Indian journal of veterinary science and animal husbandry - Volumes 15-17, 1948-1951
Year: 1948
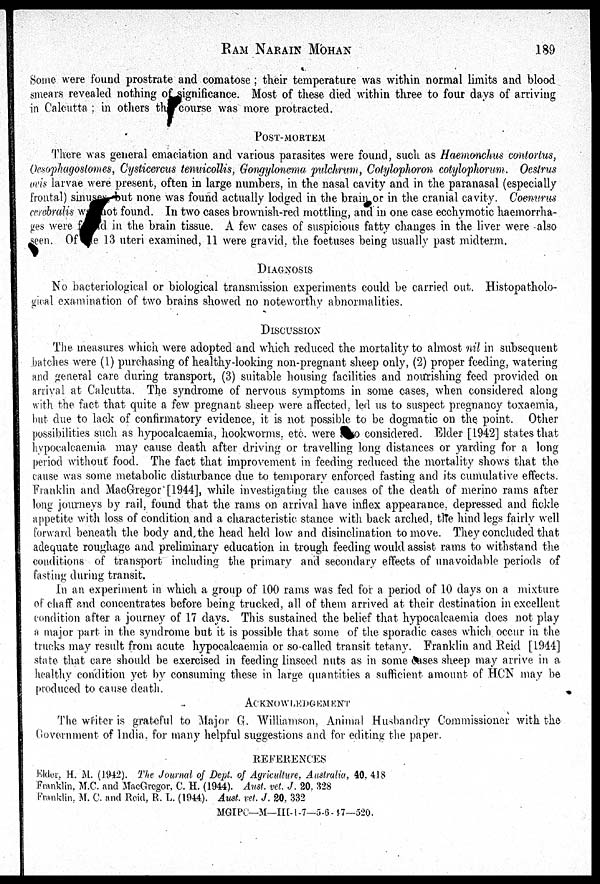
RAM
NARAIN
MOHAN
189
Some were found prostrate and comatose; their temperature was within normal limits and blood
smears revealed nothing of significance. Most of these died within three to four days of arriving
in Calcutta ; in others the course was more protracted.
POST-MORTEM
There was general emaciation and various parasites were found, such as Haemonchus contortus,
Oesophagostomes, Cysticercus tenuicollis, Gongylonema pulchrum, Cotylophoron cotylophorum.
Oestrus
ocis larvae were present, often in large numbers, in the nasal cavity and in the paranasal (especially
frontal) sinuses but none was found actually lodged in the brain or in the cranial cavity. Coenurus
cerebralis was not found. In two cases brownish-red mottling, and in one case ecchymotic haemorrha-
ges were found in the brain tissue. A few cases of suspicious fatty changes in the liver were also
seen. Of the 13 uteri examined, 11 were gravid, the foetuses being usually past midterm.
DIAGNOSIS
No bacteriological or biological transmission experiments could be carried out. Histopatholo-
gical examination of two brains showed no noteworthy abnormalities.
DISCUSSION
The measures which were adopted and which reduced the mortality to almost nil in subsequent
batches were (1) purchasing of healthy-looking non-pregnant sheep only, (2) proper feeding, watering
and general care during transport, (3) suitable housing facilities and nourishing feed provided on
arrival at Calcutta. The syndrome of nervous symptoms in some cases, when considered along
with the fact that quite a few pregnant sheep were affected, led us to suspect pregnancy toxaemia,
but due to lack of confirmatory evidence, it is not possible to be dogmatic on the point. Other
possibilities such as hypocalcaemia, hookworms, etc. were
o considered. Elder [1942] states that
hypocalcaemia may cause death after driving or travelling long distances or yarding for a long
period without food. The fact that improvement in feeding reduced the mortality shows that the
cause was some metabolic disturbance due to temporary enforced fasting and its cumulative effects.
Franklin and MacGregor [1944], while investigating the causes of the death of merino rams after
long journeys by rail, found that the rams on arrival have inflex appearance, depressed and fickle
appetite with loss of condition and a characteristic stance with back arched, the hind legs fairly well
forward beneath the body and the head held low and disinclination to move. They concluded that
adequate roughage and preliminary education in trough feeding would assist rams to withstand the
conditions of transport including the primary and secondary effects of unavoidable periods of
fasting during transit.
In an experiment in which a group of 100 rams was fed for a period of 10 days on a mixture
of chaff and concentrates before being trucked, all of them arrived at their destination in excellent
condition after a journey of 17 days. This sustained the belief that hypocalcaemia does not play
a major part in the syndrome but it is possible that some of the sporadic cases which occur in the
trucks may result from acute hypocalcaemia or so-called transit tetany. Franklin and Reid [1944]
state that care should be exercised in feeding linseed nuts as in some cases sheep may arrive in a
healthy condition yet by consuming these in large quantities a sufficient amount of HCN may be
produced to cause death.
ACKNOWLEDGEMENT
The writer is grateful to Major G. Williamson, Animal Husbandry Commissioner with the
Government of India, for many helpful suggestions and for editing the paper.
REFERENCES
Elder, H. M. (1942). The Journal of Dept. of Agriculture, Australia, 40, 418
Franklin, M.C. and MacGregor, C. H. (1944). Aust. vet. J. 20, 328
Franklin, M. C. and Reid, R. L. (1944). Aust. vet. J. 20, 332
MGIPC—M—III-1-7—5-6-17—520.